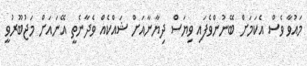
މައުވާ ވެސް އެކަމަށް ބޭނުންވެފައި ވިޔަސް ދިޔާނާއަށް ޝައްކެއް ވެދާނެތީ އޭނައަށް މަޖުބޫރުވީ